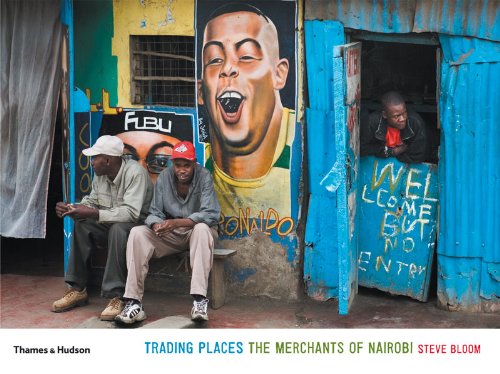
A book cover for Trading Places: The Merchants of Nairobi; Steve Bloom; Travel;